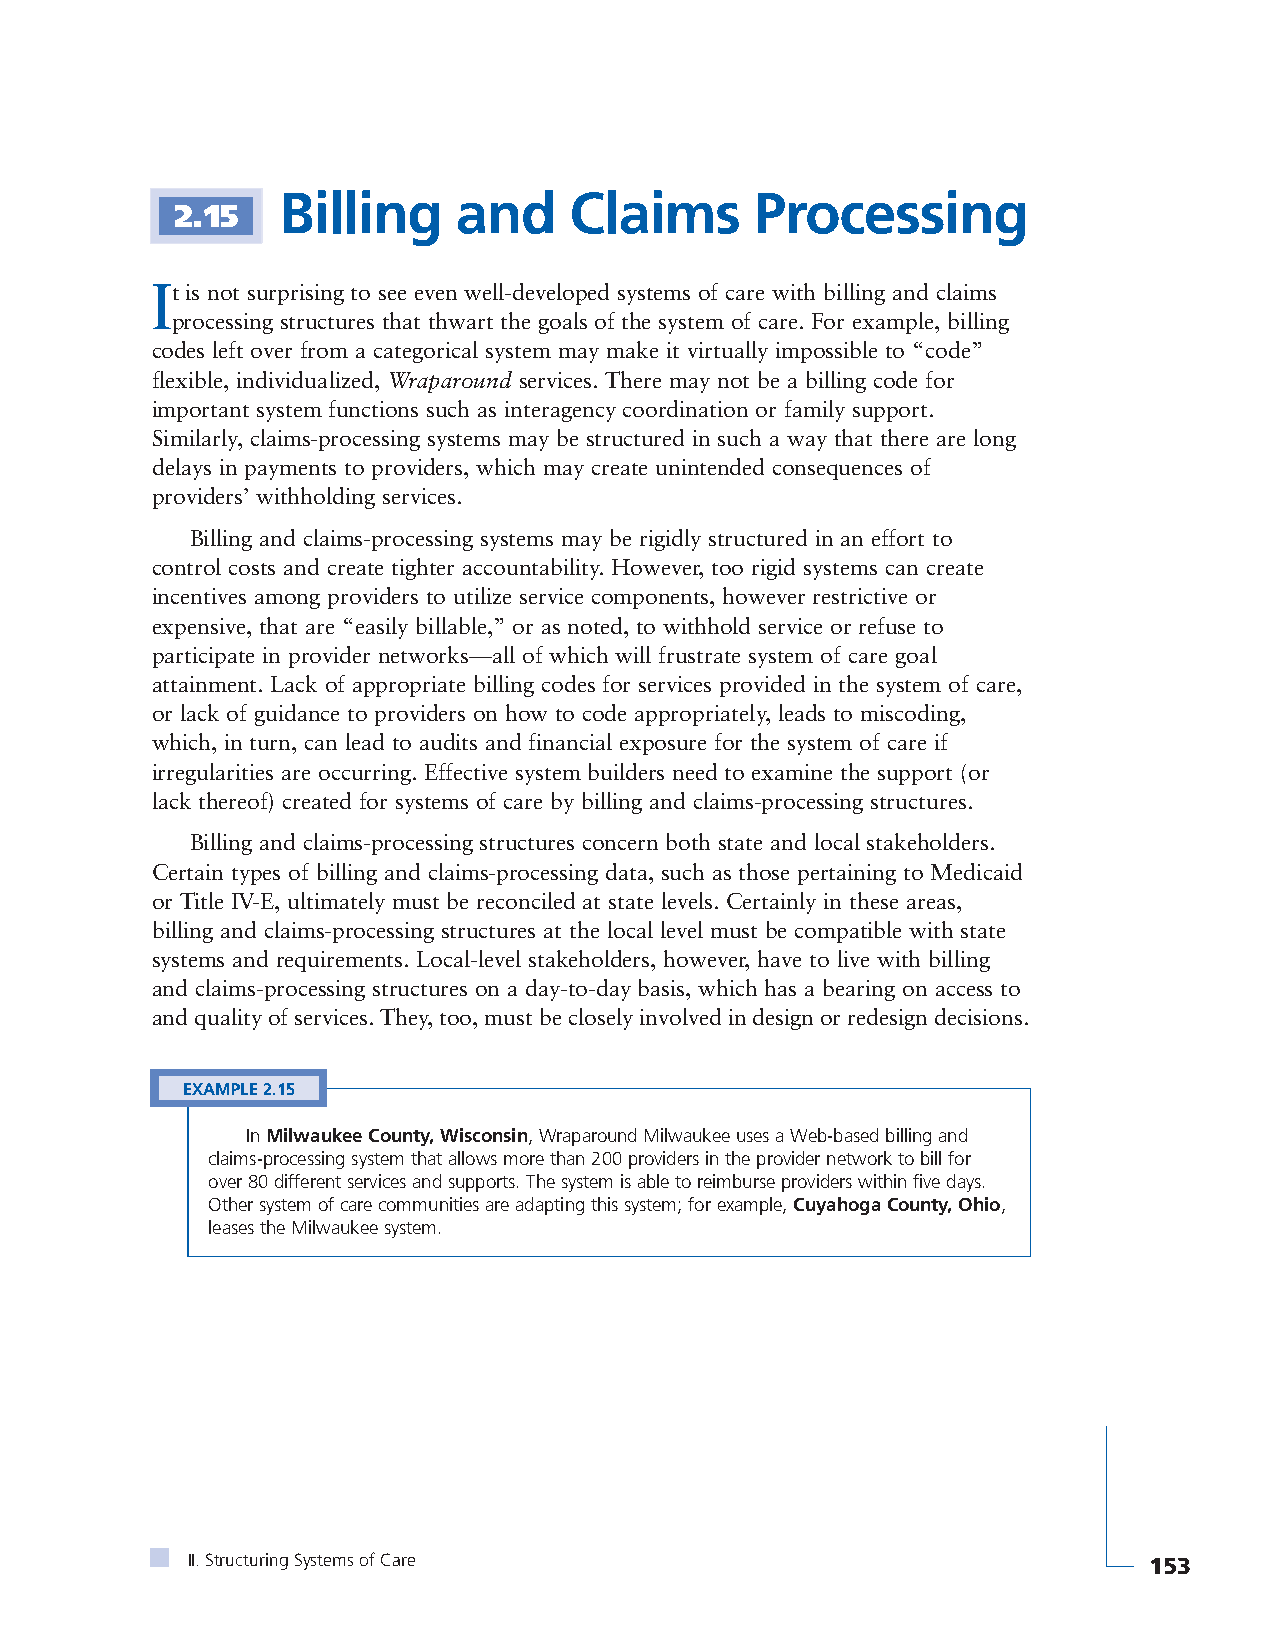
Billing     and     Claims      Processing
 2.15
 It is not surprising to see even well-developed systems of care with billing and claims
 processing structures that thwart the goals of the system of care. For example, billing
 codes left over from a categorical system may make it virtually impossible to “code”
 flexible, individualized, Wraparound services. There may not be a billing code for
 important system functions such as interagency coordination or family support.
 Similarly, claims-processing systems may be structured in such a way that there are long
 delays in payments to providers, which may create unintended consequences of
 providers’ withholding services.
 Billing and claims-processing systems may be rigidly structured in an effort to
 control costs and create tighter accountability. However, too rigid systems can create
 incentives among providers to utilize service components, however restrictive or
 expensive, that are “easily billable,” or as noted, to withhold service or refuse to
 participate in provider networks—all of which will frustrate system of care goal
 attainment. Lack of appropriate billing codes for services provided in the system of care,
 or lack of guidance to providers on how to code appropriately, leads to miscoding,
 which, in turn, can lead to audits and financial exposure for the system of care if
 irregularities are occurring. Effective system builders need to examine the support (or
 lack thereof) created for systems of care by billing and claims-processing structures.
 Billing and claims-processing structures concern both state and local stakeholders.
 Certain types of billing and claims-processing data, such as those pertaining to Medicaid
 or Title IV-E, ultimately must be reconciled at state levels. Certainly in these areas,
 billing and claims-processing structures at the local level must be compatible with state
 systems and requirements. Local-level stakeholders, however, have to live with billing
 and claims-processing structures on a day-to-day basis, which has a bearing on access to
 and quality of services. They, too, must be closely involved in design or redesign decisions.
 EXAMPLE 2.15
 In Milwaukee County, Wisconsin, Wraparound Milwaukee uses a Web-based billing and
 claims-processing system that allows more than 200 providers in the provider network to bill for
 over 80 different services and supports. The system is able to reimburse providers within five days.
 Other system of care communities are adapting this system; for example, Cuyahoga County, Ohio,
 leases the Milwaukee system.
 II. Structuring Systems of Care                                 153